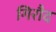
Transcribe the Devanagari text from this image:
गिरौद